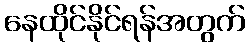
နေထိုင်နိုင်ရန်အတွက်